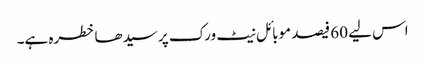
اس لیے 60 فیصد موبائل نیٹ ورک پر سیدھا خطرہ ہے۔